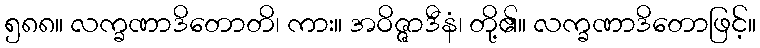
၅၈၈။ လက္ခဏာဒိတောတိ၊ ကား။ အဝိဇ္ဇာဒီနံ၊ တို့၏။ လက္ခဏာဒိတောဖြင့်။